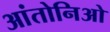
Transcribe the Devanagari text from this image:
आंतोनिओ